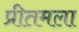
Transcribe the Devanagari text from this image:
प्रीतमला